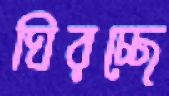
ঘিরচ্ছে